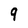
Character: 9